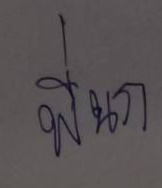
พี่นก